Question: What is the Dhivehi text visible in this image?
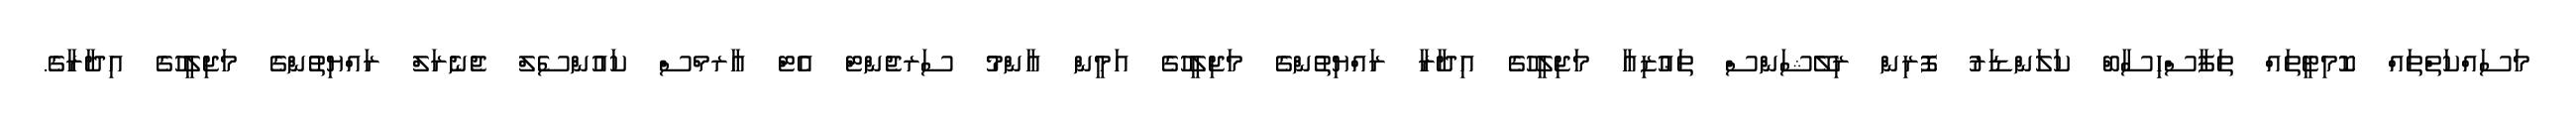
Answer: މަސައްކަތްތައް ކޮމިޓީތައް ތަފާސްހިސާބް ކަލަންޑަރު ފޮރިން ރިލޭޝަންސް ތަޢުޒިއާ މަޖިލީހުގެ އިދާރާ ރައްޔިތުންގެ މަޖިލީހުގެ އަމީން ޢާންމު ސަރޖެންޓް އެޓް އާރމްސް ކައުންސެލް ޖެނެރަލް ރައްޔިތުންގެ މަޖިލީހުގެ އިދާރާގެ.